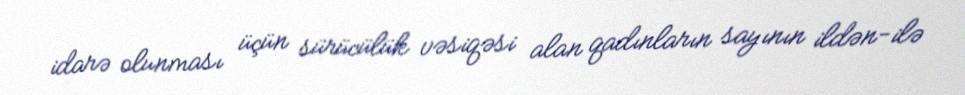
idarə olunması üçün sürücülük vəsiqəsi alan qadınların sayının ildən-ilə